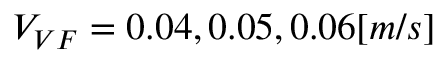
V _ { V F } = 0 . 0 4 , 0 . 0 5 , 0 . 0 6 [ m / s ]